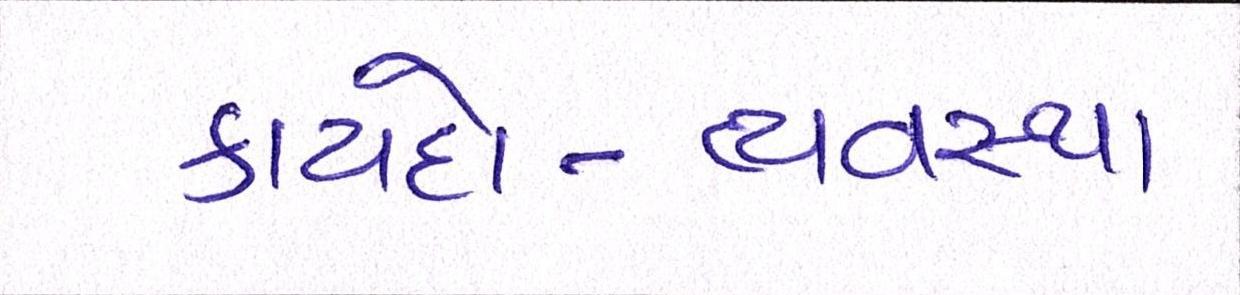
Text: કાયદો-વ્યવસ્થા